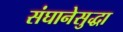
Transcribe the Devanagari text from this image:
संघानेसुद्धा